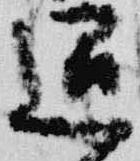
退